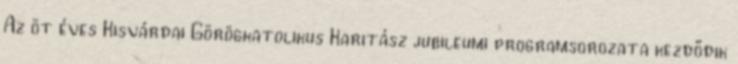
Az öt éves Kisvárdai Görögkatolikus Karitász jubileumi programsorozata kezdődik